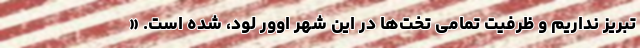
تبریز نداریم و ظرفیت تمامی تخت‌ها در این شهر اوور لود، شده است. «